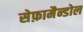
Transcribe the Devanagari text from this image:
सेफ़ामैन्डोल